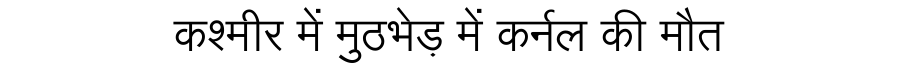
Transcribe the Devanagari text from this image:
कश्मीर में मुठभेड़ में कर्नल की मौत